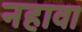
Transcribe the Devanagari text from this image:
नहावा